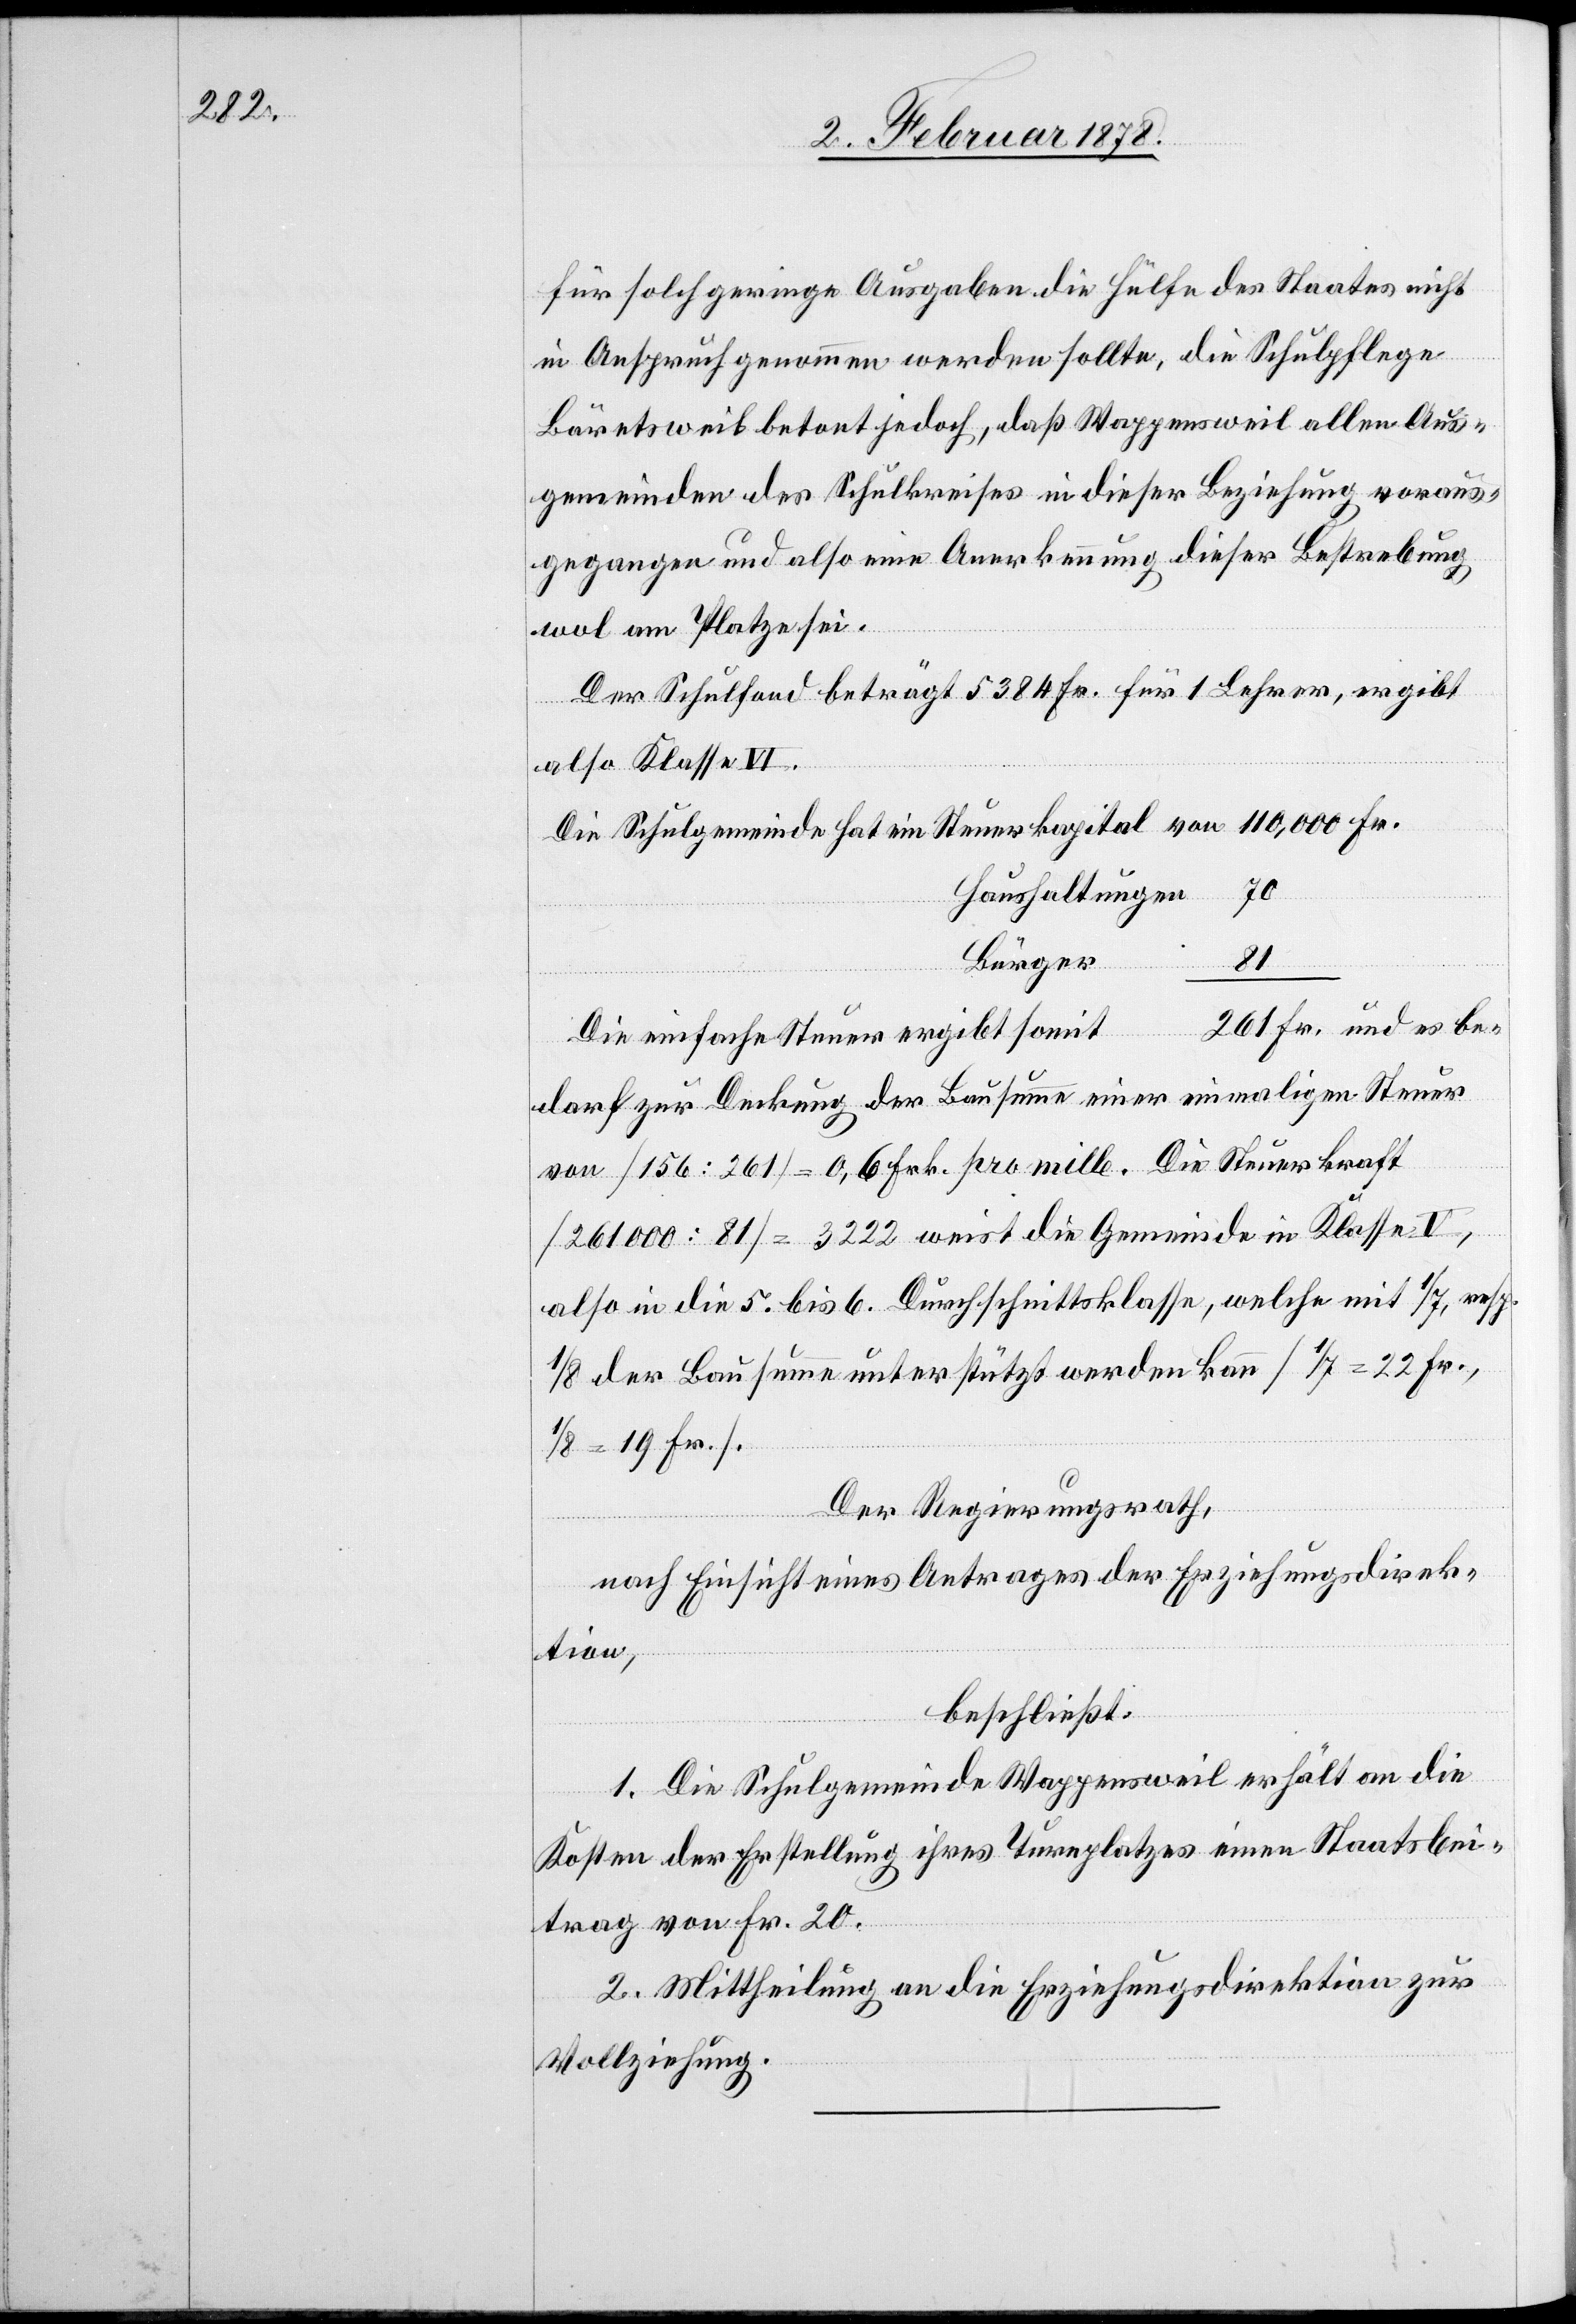
für solch geringe Ausgaben die Hülfe des Staates nicht
in Anspruch genommen werden sollte, die Schulpflege
Bäretsweil betont jedoch, daß Wappensweil allen Aus¬
gemeinden des Schulkreises in dieser Beziehung voraus¬
gegangen und also eine Anerkennung dieser Bestrebung
wol am Platze sei.
Der Schulfond beträgt 5384 Fr. für 1 Lehrer, ergibt
also Klasse VI.
Die Schulgemeinde hat ein Steuerkapital von 110,000 Fr.
Haushaltungen 70
Bürger
81
261 Fr. und es be¬
Die einfache Steuer ergibt somit
darf zur Deckung der Bausumme einer einmaligen Steuer
von (156 : 261) = 0,6 Frk. pro mille. Die Steuerkraft
(261000 : 81) = 3222 weist die Gemeinde in Klasse V,
also in die 5. bis 6. Durchschnittsklasse, welche mit 1/7, resp.
1/8 der Bausumme unterstützt werden kann (1/7 = 22 Fr.,
= 19 Fr.).
Der Regierungsrath,
nach Einsicht eines Antrages der Erziehungsdirek¬
tion,
beschließt:
1. Die Schulgemeinde Wappensweil erhält an die
Kosten der Erstellung ihres Turnplatzes einen Staatsbei¬
trag von Fr. 20.
2. Mittheilung an die Erziehungsdirektion zur
Vollziehung.